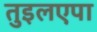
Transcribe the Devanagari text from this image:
तुइलएपा